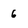
Character: 6